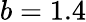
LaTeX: b=1.4